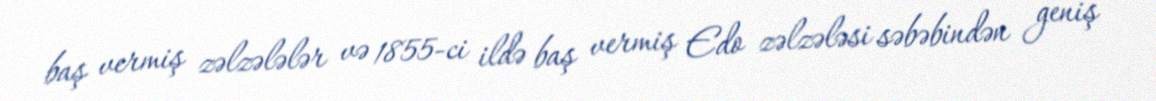
baş vermiş zəlzələlər və 1855-ci ildə baş vermiş Edo zəlzələsi səbəbindən geniş